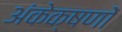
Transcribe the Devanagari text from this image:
अंकेक्षणों